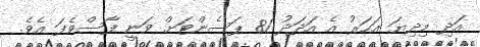
އަދި މިދިޔަ އަހަރު އެ އަދަދު 81 ޕަސެންޓަށް ވަނީ ފާސްވެފަ އެވެ.